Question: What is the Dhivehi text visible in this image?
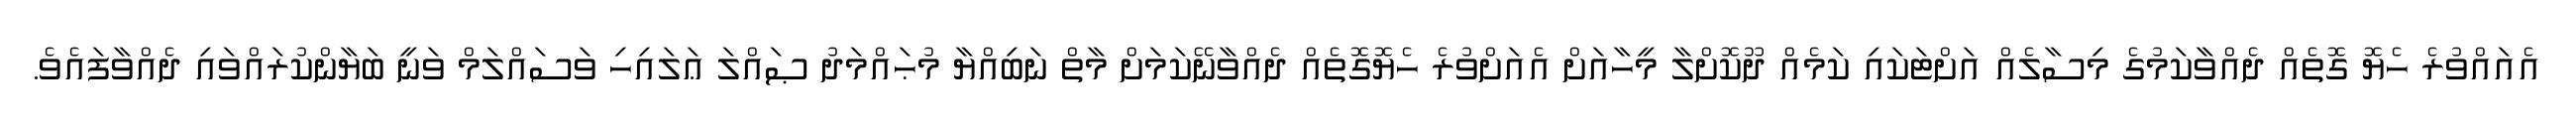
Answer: އެއައްވުރެ ހެޔޮ ގޮތެއް ދެއްވާކަމުގެ މިސާލެއް އަށްޓަކައި ކަމެއް ދޫކޮށްލާ މީހާއަށް އެއަށްވުރެ ހެޔޮގޮތެއް ދެއްވާނޭކަމަށް މާތް ނަބިއްޔާ މުޙައްމަދު ޞައްލަ ޢަލައިހި ވަސައްލަމް ވަނީ ބަޔާންކުރައްވައި ދެއްވާފައެވެ.